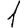
Digit: 1